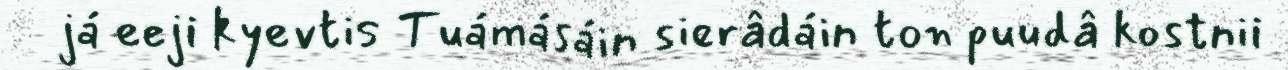
já eeji kyevtis Tuámásáin sierâdáin ton puudâ kostnii